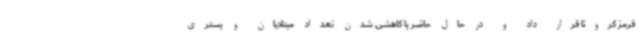
قرمز کرونا قرار داد و در حال حاضر با کاهشی شدن تعداد مبتلایان و بستری